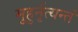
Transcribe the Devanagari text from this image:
मुहुर्नृत्यन्तं